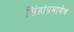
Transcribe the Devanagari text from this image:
सिंहांप्रमाणेच